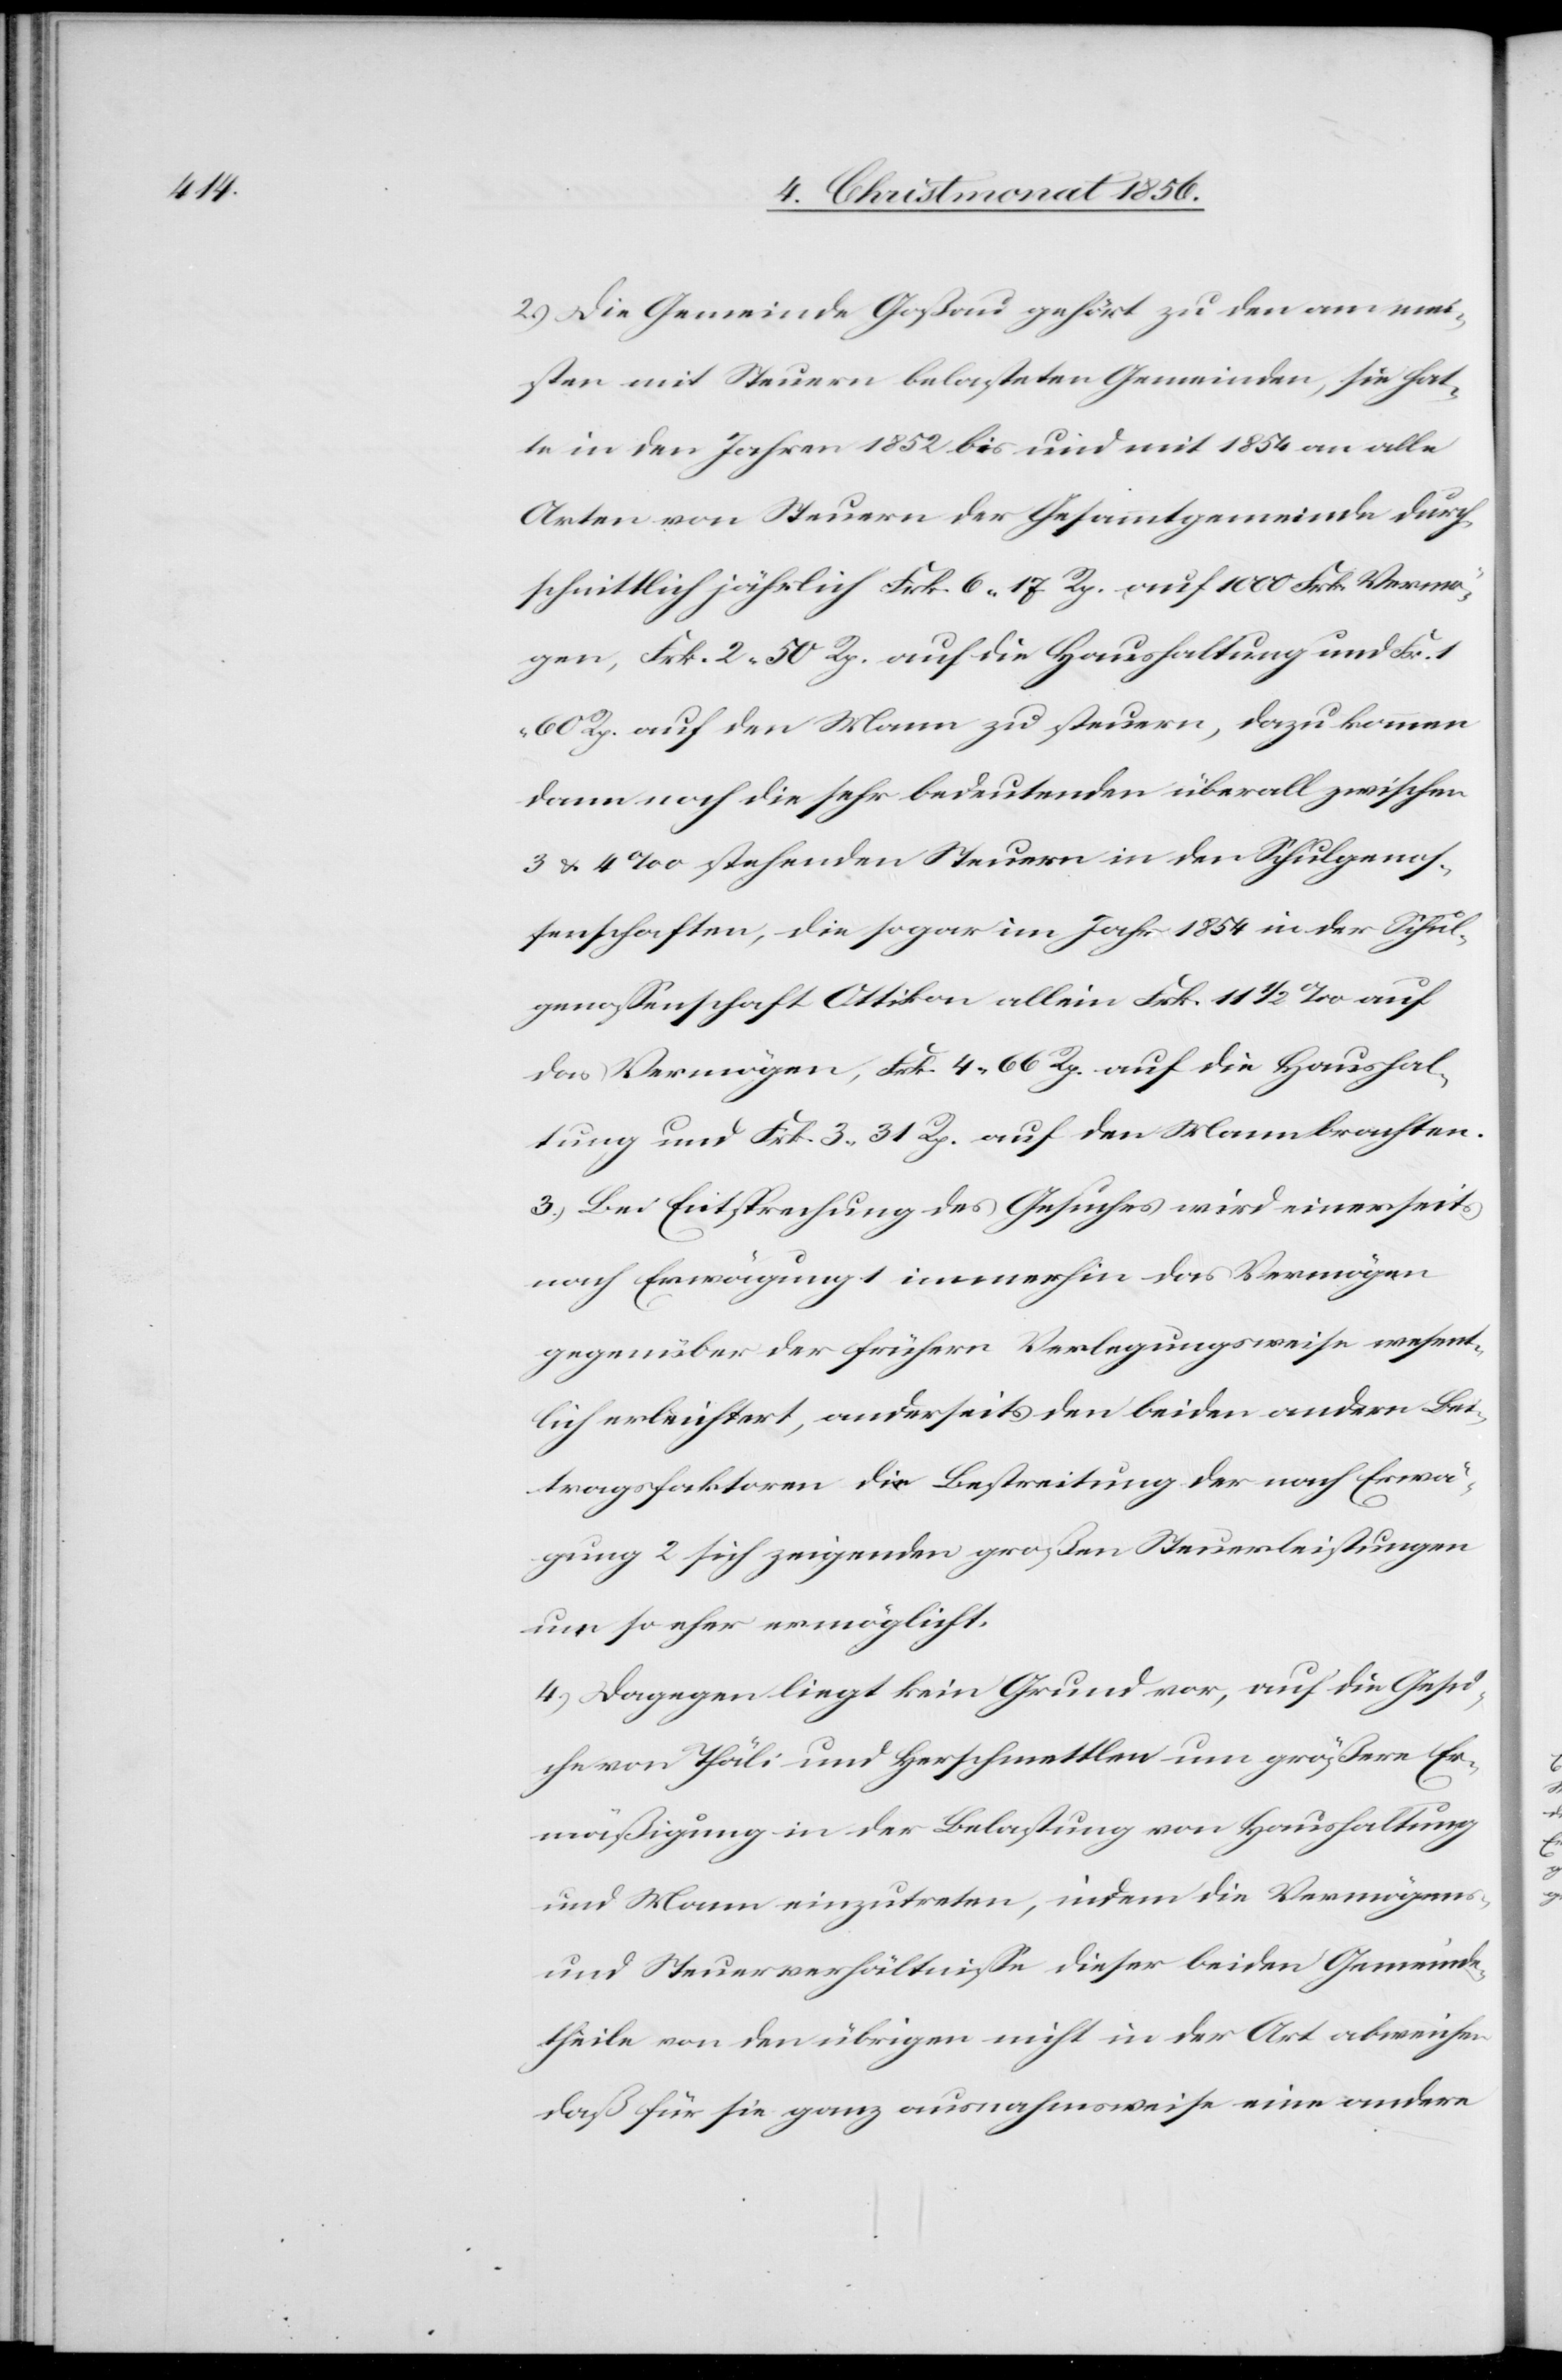
2.) Die Gemeinde Goßau gehört zu den am mei¬
sten mit Steuern belasteten Gemeinden, sie hat¬
te in den Jahren 1852 bis und mit 1854 an alle
Arten von Steuern der Gesammtgemeinde durch¬
schnittlich jährlich Frk. 6. 17 Rp. auf 1000 Frk. Vermö¬
gen, Frk. 2. 50 Rp. auf die Haushaltung und Fr. 1.
60 Rp auf den Mann zu steuern, dazu kommen
dann noch die sehr bedeutenden überall zwischen
3 & 4‰ stehenden Steuern in den Schulgenos¬
senschaften, die sogar im Jahr 1854 in der Schul¬
genossenschaft Ottikon allein Frk. 11 ½ ‰ auf
das Vermögen, Frk. 4. 66 Rp. auf die Haushal¬
tung und Frk. 3. 31 Rp. auf den Mann brachten.
3.) Bei Entsprechung des Gesuches wird einerseits
nach Erwägung immerhin das Vermögen
gegenüber der frühern Verlegungsweise wesent¬
lich erleichtert, anderseits den beiden andern Be¬
tragsfaktoren die Bestreitung der nach Erwä¬
gung 2 sich zeigenden großen Steuerleistungen
um so eher ermöglicht.
4.) Dagegen liegt kein Grund vor, auf die Gesu¬
che von Thäli und Herschmettlen um größere Er¬
mäßigung in der Belastung von Haushaltung
und Mann einzutreten, indem die Vermögens-
und Steuerverhältnisse dieser beiden Gemeinde¬
theile von den übrigen nicht in der Art abweichen
daß für sie ganz ausnahmsweise eine andere